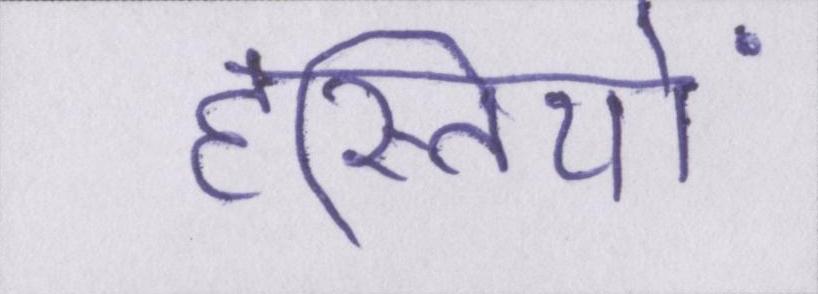
हस्तियों